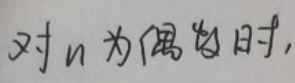
对 \(n\) 为偶数时,